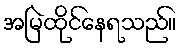
အမြဲထိုင်နေရသည်။